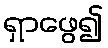
ရှာဖွေ၍